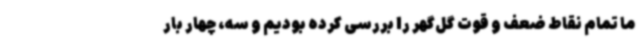
ما تمام نقاط ضعف و قوت گل‌گهر را بررسی کرده بودیم و سه‌، چهار بار